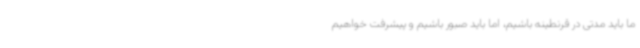
ما باید مدتی در قرنطینه باشیم، اما باید صبور باشیم و پیشرفت خواهیم